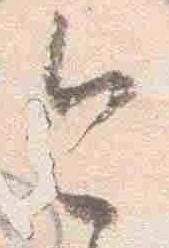
今